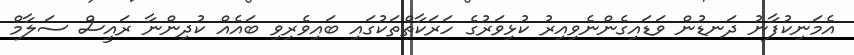
އެމަނިކުފާނު ދަނޑުން ވަޑައިގެންނެވިއިރު ކުޅިވަރުގެ ހަރަކާތްތަކުގައި ބައިވެރިވި ބައެއް ކުދިންނާ ރައީސް ސަލާމް